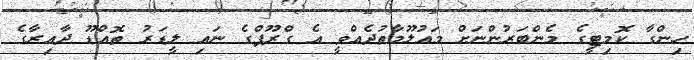
ހިންގާ ކޮމިޓީގެ މެންބަރުންނަށް މައުލޫމާތުދެއްވީ އެ ގްރޫޕްގެ ނައި ލީޑަރު ތޮއްޑޫ ދާއިރާގެ